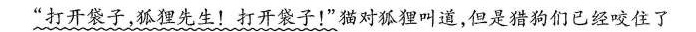
”打开袋子，狐狸先生！打开袋子！”猫对狐狸叫道，但是猎狗们已经咬住了